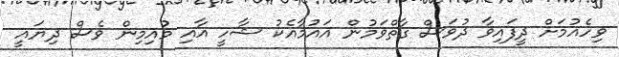
ވިހެއުމަށް ދީފައިވާ ދުވަސް ގާތްވަމުން އައުމާއެކު ޝާހީ އާއި މުއިމިން ވެސް ދިޔައީ